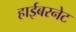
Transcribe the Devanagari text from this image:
हाईबरनेट